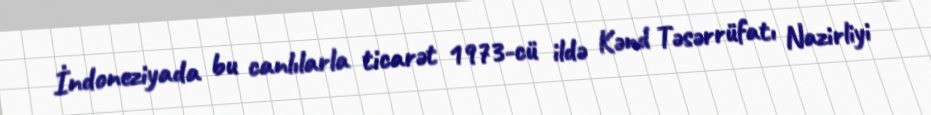
İndoneziyada bu canlılarla ticarət 1973-cü ildə Kənd Təsərrüfatı Nazirliyi